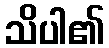
သိပါ၏